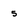
Character: 5